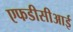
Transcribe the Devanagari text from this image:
एफडीसीआई